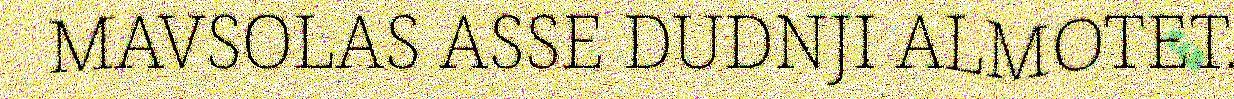
MAVSOLAS ASSE DUDNJI ALMOTET.